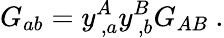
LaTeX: G_{ab}=y_{\, ,a}^{A}y_{\, ,b}^{B}G_{AB}~.